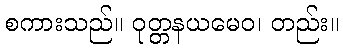
စကားသည်။ ဝုတ္တနယမေဝ၊ တည်း။